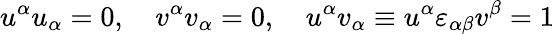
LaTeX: u^{\alpha}u_{\alpha}=0,\quad v^{\alpha}v_{\alpha}=0,\quad u^{\alpha}v_{\alpha}\equiv u^{\alpha}\varepsilon_{\alpha\beta}v^{\beta}=1